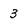
Character: 3